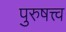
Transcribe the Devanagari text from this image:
पुरुषत्त्व